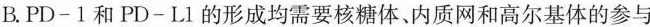
B.PD-1和PD-L1的形成均需要核糖体、内质网和高尔基体的参与